Civil Veterinary Dept. Bombay admin report 1900-1906 - 1900-1906
Year: 1900
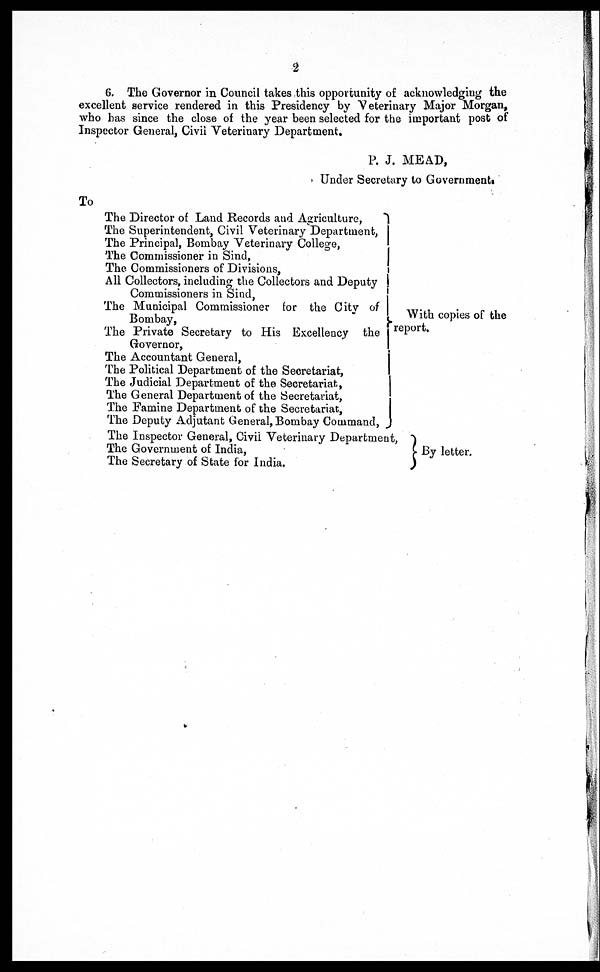
2
6. The Governor in Council takes this opportunity of acknowledging the
excellent service rendered in this Presidency by Veterinary Major Morgan,
who has since the close of the year been selected for the important post of
Inspector General, Civil Veterinary Department.
P. J. MEAD,
Under Secretary to Government.
To
The Director of Land Records and Agriculture,
The Superintendent, Civil Veterinary Department,
The Principal, Bombay Veterinary College,
The Commissioner in Sind,
The Commissioners of Divisions,
All Collectors, including the Collectors and Deputy
Commissioners in Sind,
The Municipal Commissioner for the City of
Bombay,
The Private Secretary to His Excellency the
Governor,
The Accountant General,
The Political Department of the Secretariat,
The Judicial Department of the Secretariat,
The General Department of the Secretariat,
The Famine Department of the Secretariat,
The Deputy Adjutant General, Bombay Command,
The Inspector General, Civil Veterinary Department
The Government of India,
The Secretary of State for India.
With copies of the
report.
By letter.